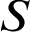
S